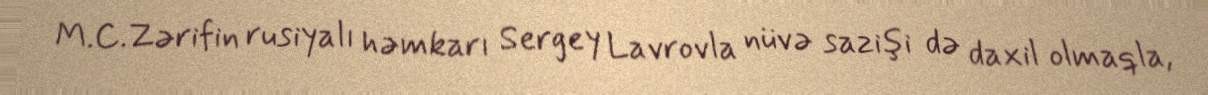
M.C.Zərifin rusiyalı həmkarı Sergey Lavrovla nüvə sazişi də daxil olmaqla,